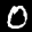
Label: 0